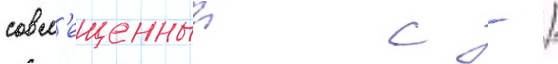
совм'ещенныи с - /